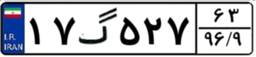
۵۱گ۳۷۳۵۷